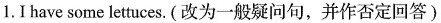
1.I have some lettuces.(改为一般疑问句,并作否定回答)